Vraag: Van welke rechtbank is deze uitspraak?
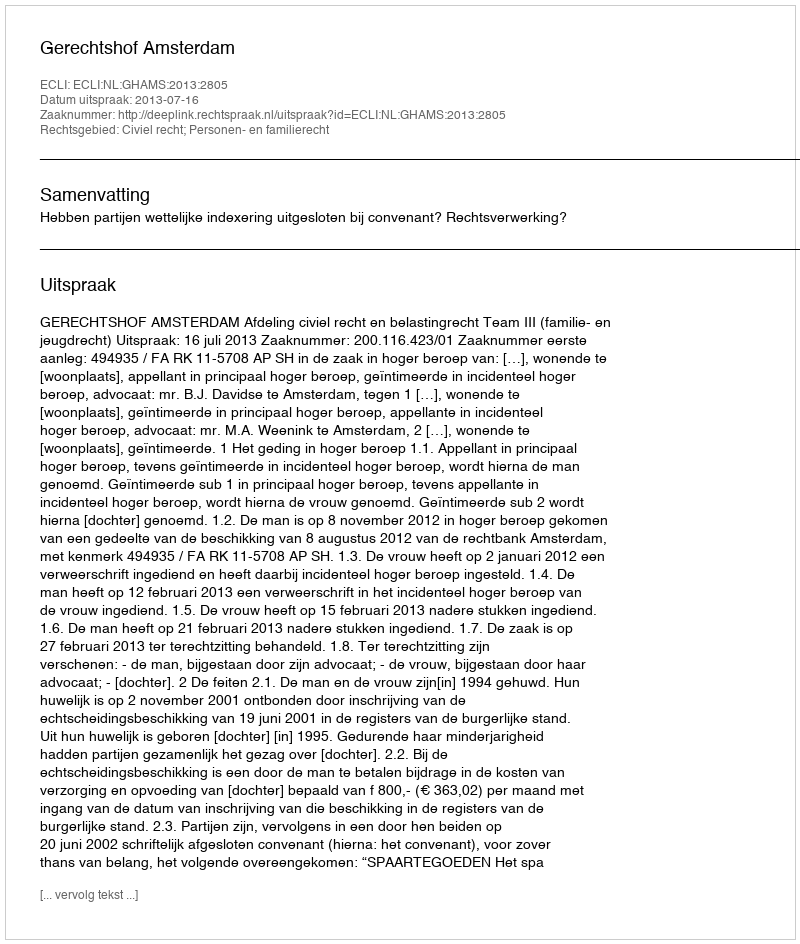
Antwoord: Gerechtshof Amsterdam